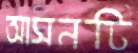
আসনটি